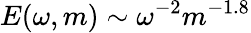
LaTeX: E(\omega,m)\sim\omega^{-2}m^{-1.8}